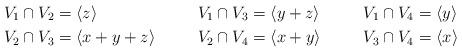
LaTeX: \begin{align*} V_1\cap V_2 &= \langle z \rangle & V_1 \cap V_3 &= \langle y+z \rangle & V_1 \cap V_4 &=\langle y\rangle \\V_2 \cap V_3 &=\langle x+y+z\rangle & V_2 \cap V_4 &=\langle x+y \rangle & V_3 \cap V_4 &= \langle x\rangle \end{align*}